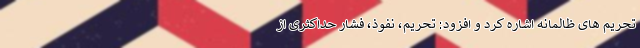
تحریم های ظالمانه اشاره کرد و افزود: تحریم، نفوذ، فشار حداکثری از